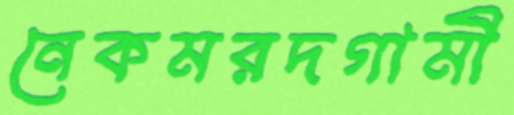
নেকমরদগামী